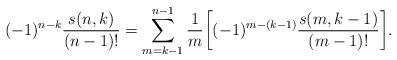
LaTeX: \begin{align*}(-1)^{n-k}\frac{s(n,k)}{(n-1)!}= \sum _{m=k-1}^{n-1}\frac1m\biggl[(-1)^{m-(k-1)}\frac{s(m,k-1)}{(m-1)!}\biggr].\end{align*}